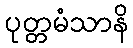
ပုတ္တမံသာနိ